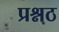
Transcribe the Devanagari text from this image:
प्रश्नठ